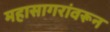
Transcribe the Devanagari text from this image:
महासागरांवरून